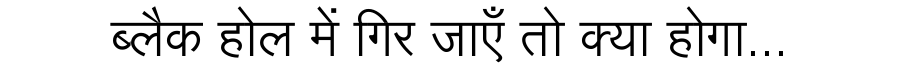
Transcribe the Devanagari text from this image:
ब्लैक होल में गिर जाएँ तो क्या होगा...